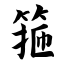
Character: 箍